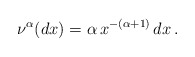
\begin{align*} \nu^{\alpha}(dx)= \alpha \,x^{-(\alpha+1)}\,dx \,. \end{align*}